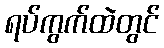
ရပ်ကွက်ထဲတွင်